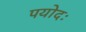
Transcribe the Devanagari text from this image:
पयोदः